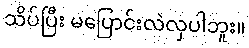
သိပ်ပြီး မပြောင်းလဲလှပါဘူး။